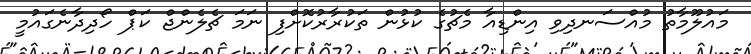
މައުލޫމާތު މުއްސަނދިވި އިންޑިއާ މެޗުގެ ކުޅުން ތަކުރާރުކޮށްފި ނަމަ ޗެލެންޖް ކަޕް ހޯދިދާނެގައުމީ